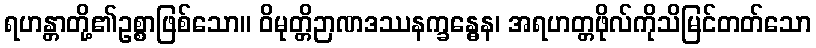
ရဟန္တာတို့၏ဥစ္စာဖြစ်သော။ ဝိမုတ္တိဉာဏဒဿနက္ခန္ဓေန၊ အရဟတ္တဖိုလ်ကိုသိမြင်တတ်သော